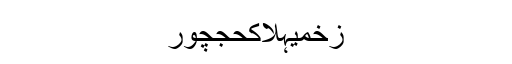
زخمیہلاکحجچور